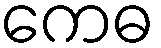
ကေဓ